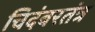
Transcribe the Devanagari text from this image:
चिदंबरतंत्र